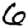
Digit: 6